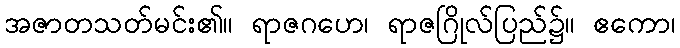
အဇာတသတ်မင်း၏။ ရာဇဂဟေ၊ ရာဇဂြိုလ်ပြည်၌။ ဧကော၊